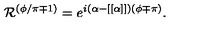
{ \cal R } ^ { ( \phi / \pi \mp 1 ) } = e ^ { i ( \alpha - [ [ \alpha ] ] ) ( \phi \mp \pi ) } .